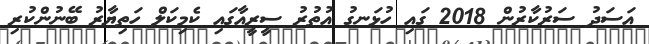
އަސަދު ސަރުކާރުން 2018 ގައި ހުޅަނގު އުތުރު ސީރީއާގައި ކެމިކަލް ހަތިޔާރު ބޭނުންކުރި